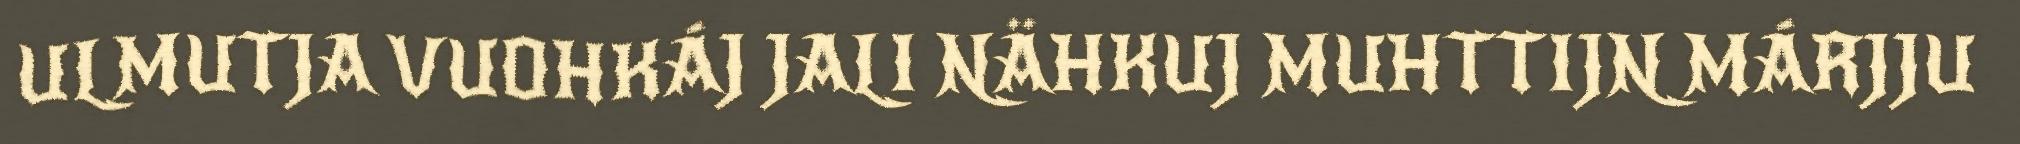
ULMUTJA VUOHKÁJ JALI NÄHKUJ MUHTTIJN MÁRJJU